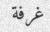
غرفة